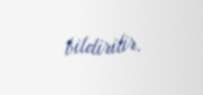
bildirilir.